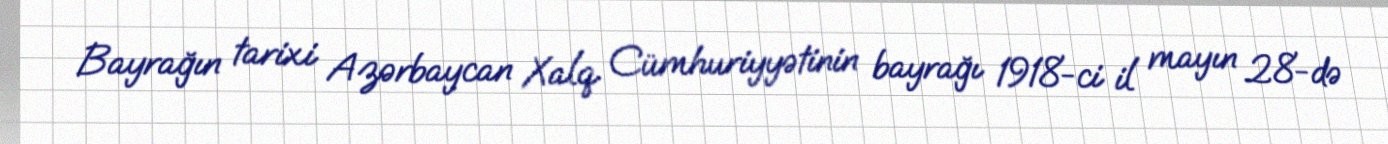
Bayrağın tarixi Azərbaycan Xalq Cümhuriyyətinin bayrağı 1918-ci il mayın 28-də